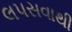
લપસવાથી